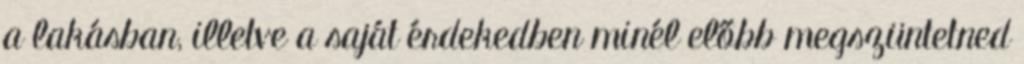
a lakásban, illetve a saját érdekedben minél előbb megszüntetned